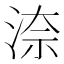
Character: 㴎